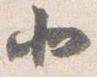
北